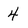
Character: 4